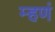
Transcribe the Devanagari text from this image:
म्हणं